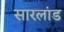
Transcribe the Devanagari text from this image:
सारलांड